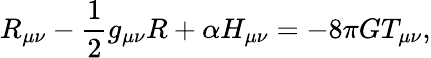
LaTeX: R_{\mu\nu}-\frac{1}{2}g_{\mu\nu}R+\alpha H_{\mu\nu}=-8\pi GT_{\mu\nu},